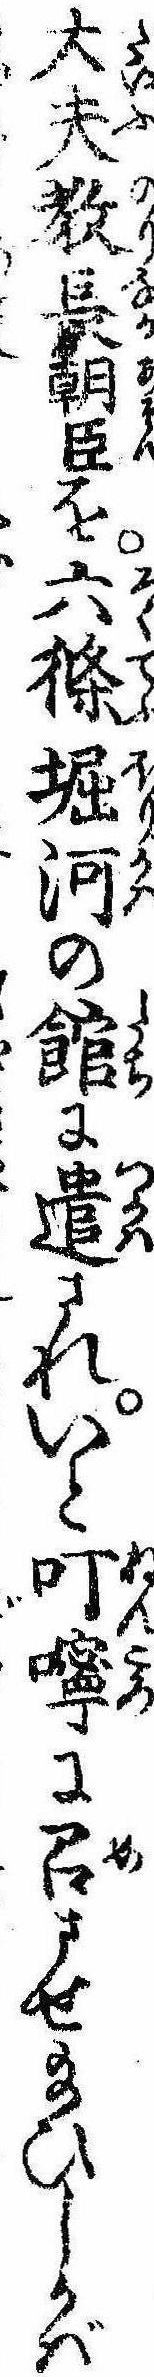
大夫教長朝臣を六条堀河の館に遣されいと叮嚀に召させ給ひしかば